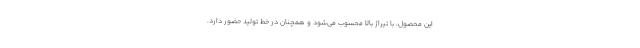
این محصول، با تیراژ بالا محسوب می‌شود و همچنان در خط تولید حضور دارد.